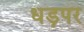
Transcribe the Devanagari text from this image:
धड़पर